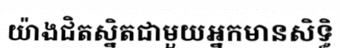
យ៉ាងជិតស្និតជាមួយអ្នកមានសិទ្ធិ